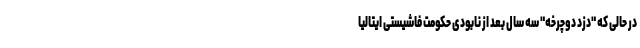
در حالی که "دزد دوچرخه" سه سال بعد از نابودی حکومت فاشیستی ایتالیا